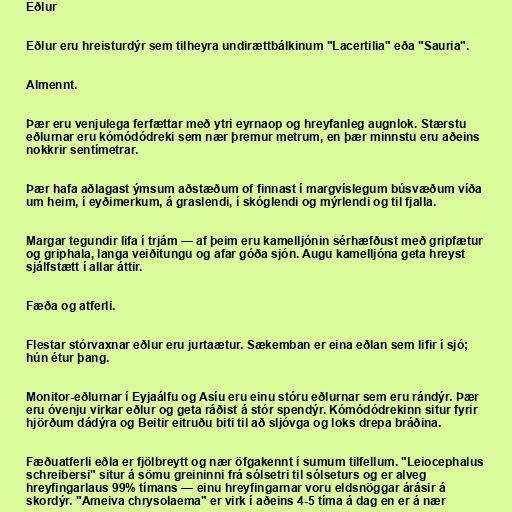
Eðlur

Eðlur eru hreisturdýr sem tilheyra undirættbálkinum "Lacertilia" eða "Sauria".

Almennt.

Þær eru venjulega ferfættar með ytri eyrnaop og hreyfanleg augnlok. Stærstu
eðlurnar eru kómódódreki sem nær þremur metrum, en þær minnstu eru aðeins
nokkrir sentímetrar.

Þær hafa aðlagast ýmsum aðstæðum of finnast í margvíslegum búsvæðum víða
um heim, í eyðimerkum, á graslendi, í skóglendi og mýrlendi og til fjalla.

Margar tegundir lifa í trjám — af þeim eru kamelljónin sérhæfðust með gripfætur
og griphala, langa veiðitungu og afar góða sjón. Augu kamelljóna geta hreyst
sjálfstætt í allar áttir.

Fæða og atferli.

Flestar stórvaxnar eðlur eru jurtaætur. Sækemban er eina eðlan sem lifir í sjó;
hún étur þang.

Monitor-eðlurnar í Eyjaálfu og Asíu eru einu stóru eðlurnar sem eru rándýr. Þær
eru óvenju virkar eðlur og geta ráðist á stór spendýr. Kómódódrekinn situr fyrir
hjörðum dádýra og Beitir eitruðu biti til að sljóvga og loks drepa bráðina.

Fæðuatferli eðla er fjölbreytt og nær öfgakennt í sumum tilfellum. "Leiocephalus
schreibersi" situr á sömu greininni frá sólsetri til sólseturs og er alveg
hreyfingarlaus 99% tímans — einu hreyfingarnar voru eldsnöggar árásir á
skordýr. "Ameiva chrysolaema" er virk í aðeins 4-5 tíma á dag en er á nær